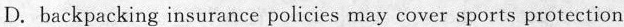
D.backpacking insurance policies may cover sports protection